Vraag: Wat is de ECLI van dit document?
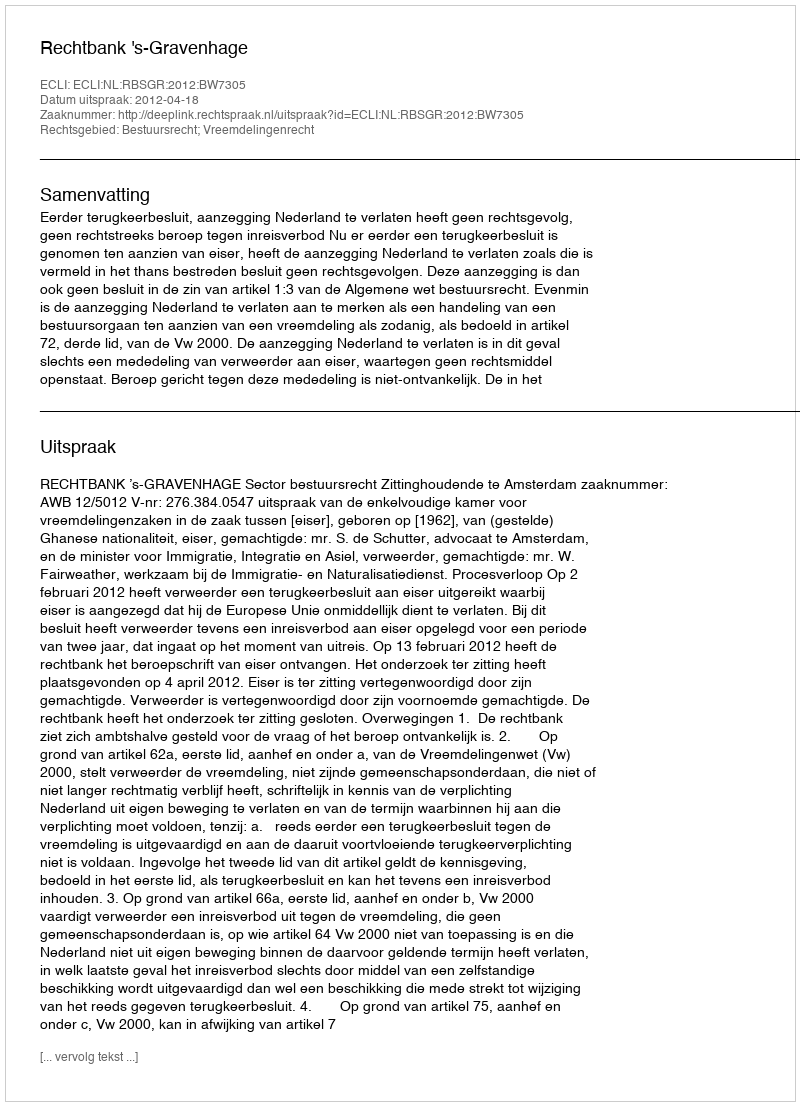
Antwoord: ECLI:NL:RBSGR:2012:BW7305